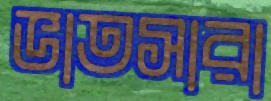
ভাতসারা